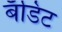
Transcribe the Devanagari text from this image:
बँडिट